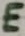
Text: E